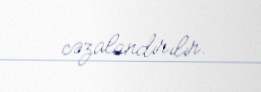
cəzalandırılır.